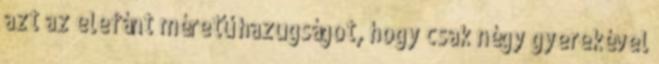
azt az elefánt méretű hazugságot, hogy csak négy gyerekével